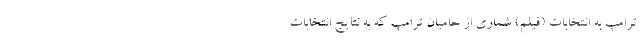
ترامپ به انتخابات (فیلم) شماری از حامیان ترامپ که به نتایج انتخابات